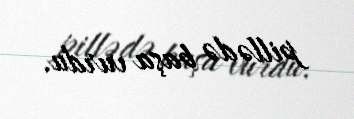
pillədə başa vurdu.